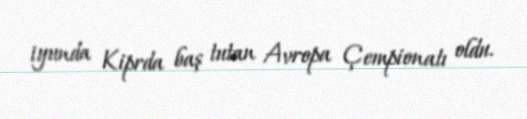
iyunda Kiprda baş tutan Avropa Çempionatı oldu.